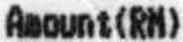
AMOUNT(RM)